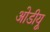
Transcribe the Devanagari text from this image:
ओडीयू